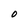
Character: O